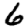
Digit: 6